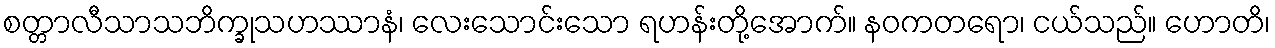
စတ္တာလီသာသဘိက္ခုသဟဿာနံ၊ လေးသောင်းသော ရဟန်းတို့အောက်။ နဝကတရော၊ ငယ်သည်။ ဟောတိ၊